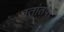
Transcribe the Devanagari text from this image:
व्रतांतपर